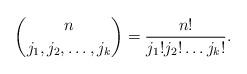
LaTeX: \begin{align*}\binom{n}{j_1, j_2, \dots , j_k}=\dfrac{n!}{j_1! j_2!\dots j_k!}.\end{align*}